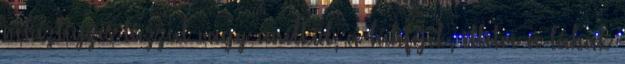
nehézlégzés lázzal vagy anélkül, a lábfejek, illetve a lábak